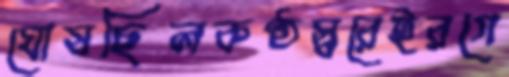
ঘোষছিলকণ্ঠস্বরেইরগে